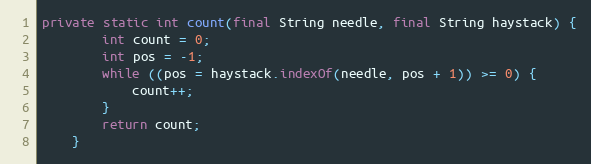
Language: Java
private static int count(final String needle, final String haystack) {
        int count = 0;
        int pos = -1;
        while ((pos = haystack.indexOf(needle, pos + 1)) >= 0) {
            count++;
        }
        return count;
    }